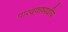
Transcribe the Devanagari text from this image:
पारदवाष्पदीप